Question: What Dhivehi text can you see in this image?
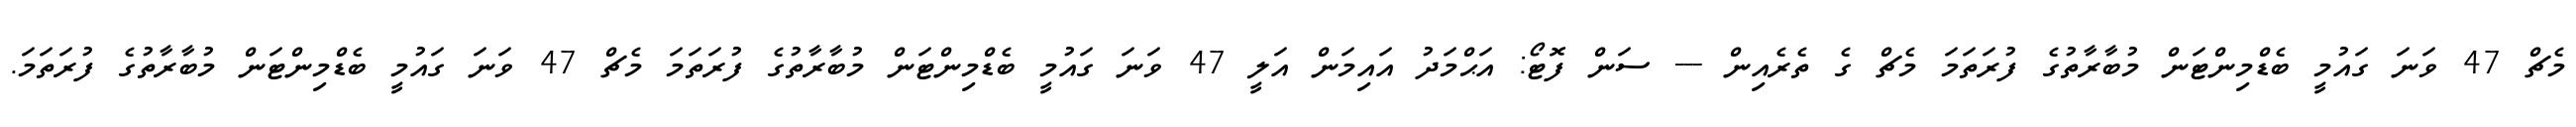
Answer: މެޗް 47 ވަނަ ގައުމީ ބެޑްމިންޓަން މުބާރާތުގެ ފުރަތަމަ މެޗް ގެ ތެރެއިން --- ސަން ފޮޓޯ: އަޙްމަދު އައިމަން އަލީ 47 ވަނަ ގައުމީ ބެޑްމިންޓަން މުބާރާތުގެ ފުރަތަމަ މެޗް 47 ވަނަ ގައުމީ ބެޑްމިންޓަން މުބާރާތުގެ ފުރަތަމަ.